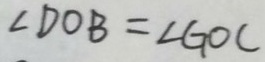
\angle D O B = \angle G O C